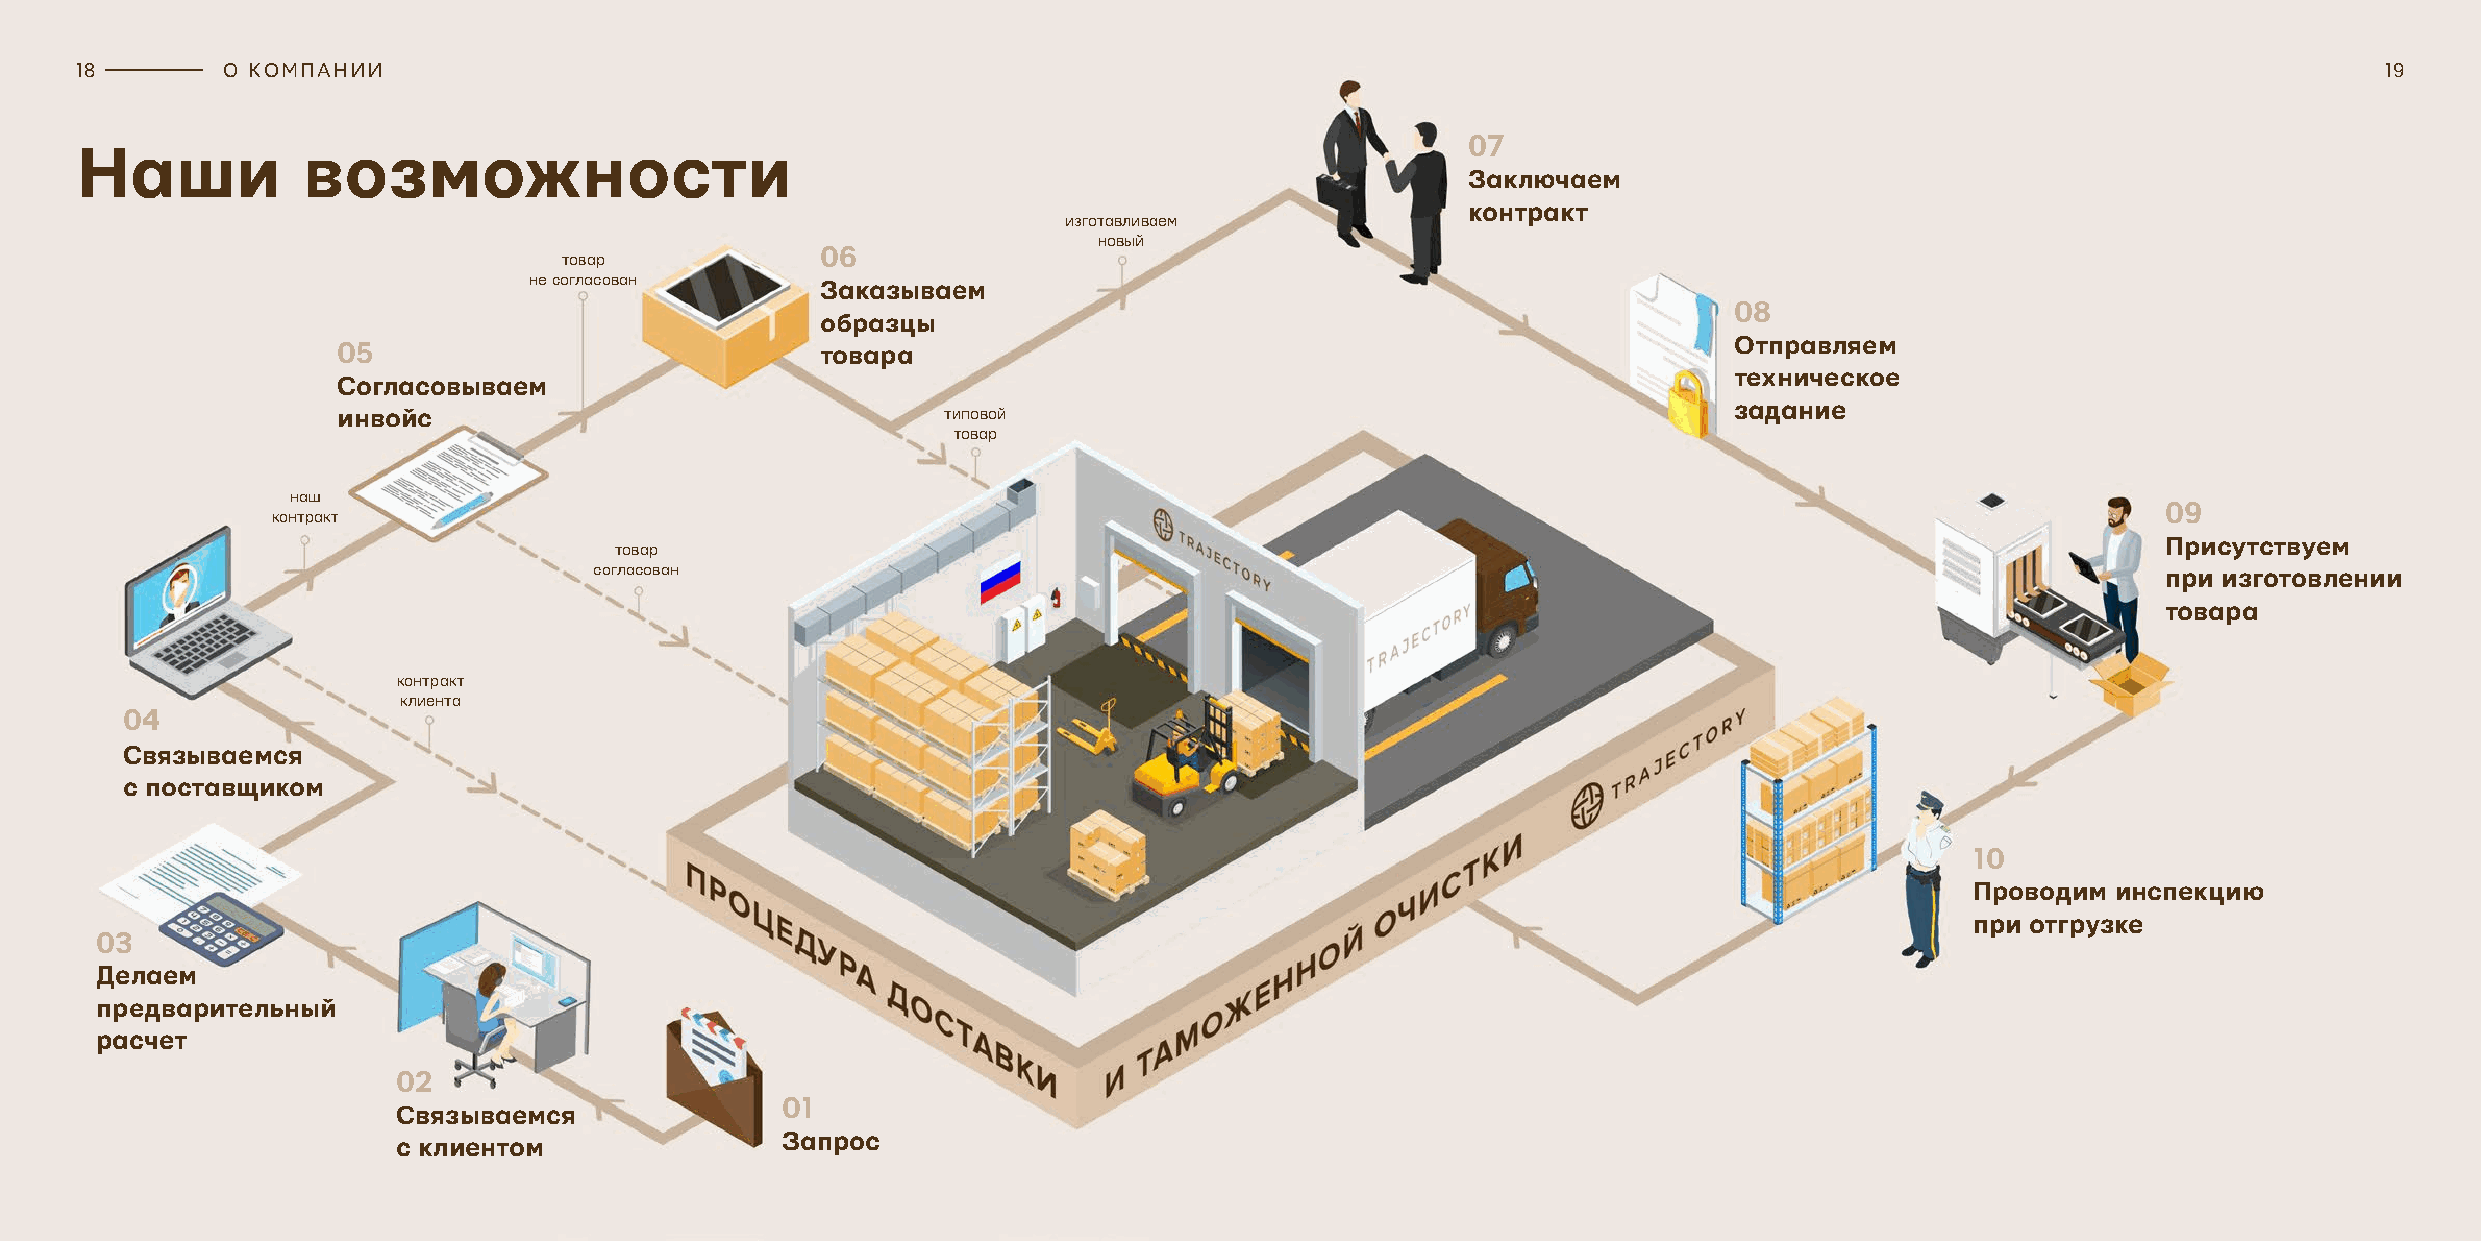
18        О КОМПАНИИ                                                                                                                                     19
 Наши           возможности                                                                  07
 Заключаем
 контракт
 изготавливаем
 новый
 06
 товар
 не согласован      Заказываем
 08
 образцы
 05                              товара                                                       Отправляем
 техническое
 Согласовываем
 задание
 инвойс                                  типовой
 товар
 наш
 09
 контракт
 Присутствуем
 товар
 согласован                                                                                              при изготовлении
 товара
 контракт
 клиента
 04
 Связываемся
 с поставщиком
 10
 Проводим инспекцию
 при отгрузке
 03
 Делаем
 предварительный
 расчет
 02
 01
 Связываемся
 Запрос
 с клиентом